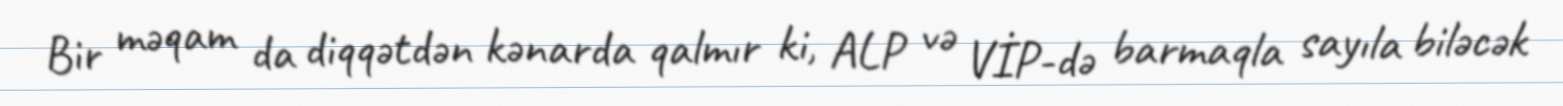
Bir məqam da diqqətdən kənarda qalmır ki, ALP və VİP-də barmaqla sayıla biləcək